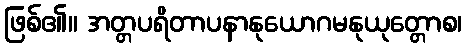
ဖြစ်၏။ အတ္တပရိတာပနာနုယောဂမနုယုတ္တောစ၊